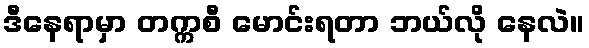
ဒီနေရာမှာ တက္ကစီ မောင်းရတာ ဘယ်လို နေလဲ။